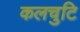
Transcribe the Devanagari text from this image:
कलचुटि